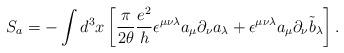
LaTeX: \begin{align*}S_a = -\int d^3x\left[\frac{\pi}{2\theta}\frac{e^2}{h}\epsilon^{\mu\nu\lambda}a_\mu\partial_\nu a_\lambda +\epsilon^{\mu\nu\lambda}a_\mu\partial_\nu {\tilde b}_\lambda\right].\end{align*}